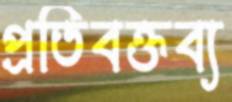
প্রতিবক্তব্য